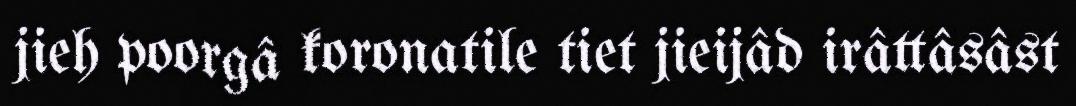
jieh poorgâ koronatile tiet jieijâd irâttâsâst